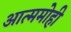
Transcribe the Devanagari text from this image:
आत्ममोही